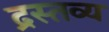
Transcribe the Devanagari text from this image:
द्रस्तव्य